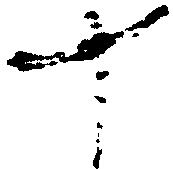
十